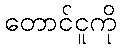
တောင်ငူကို